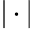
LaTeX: \left|\, \cdot\, \right|